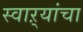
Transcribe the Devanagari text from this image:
स्वाऱ्यांचा